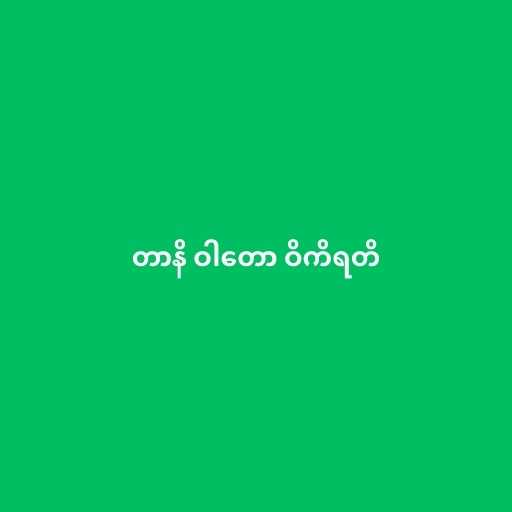
တာနိ ဝါတော ဝိကိရတိ